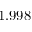
1 . 9 9 8